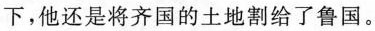
下，他还是将齐国的土地割给了鲁国。